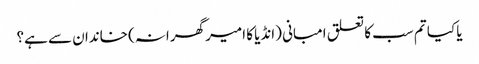
یا کیا تم سب کا تعلق امبانی (انڈیا کا امیر گھرانہ) خاندان سے ہے؟